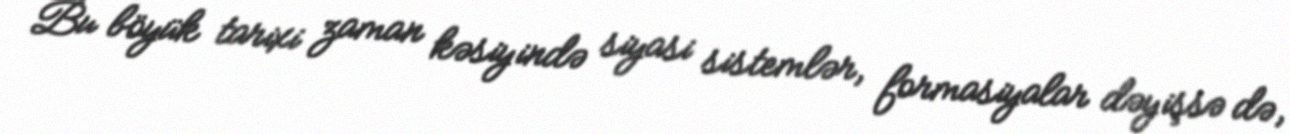
Bu böyük tarixi zaman kəsiyində siyasi sistemlər, formasiyalar dəyişsə də,